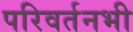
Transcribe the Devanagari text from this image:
परिवर्तनभी